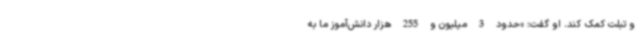
و تبلت کمک کند. او گفت: «حدود 3‌ میلیون و 255‌ هزار دانش‌آموز ما به